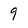
Character: 9